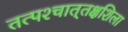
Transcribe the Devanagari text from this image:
तत्पश्‍चात्‌तक्षशिला